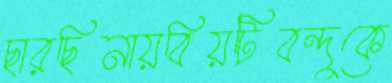
ছারছিনায়বিয়টিবন্দুকে